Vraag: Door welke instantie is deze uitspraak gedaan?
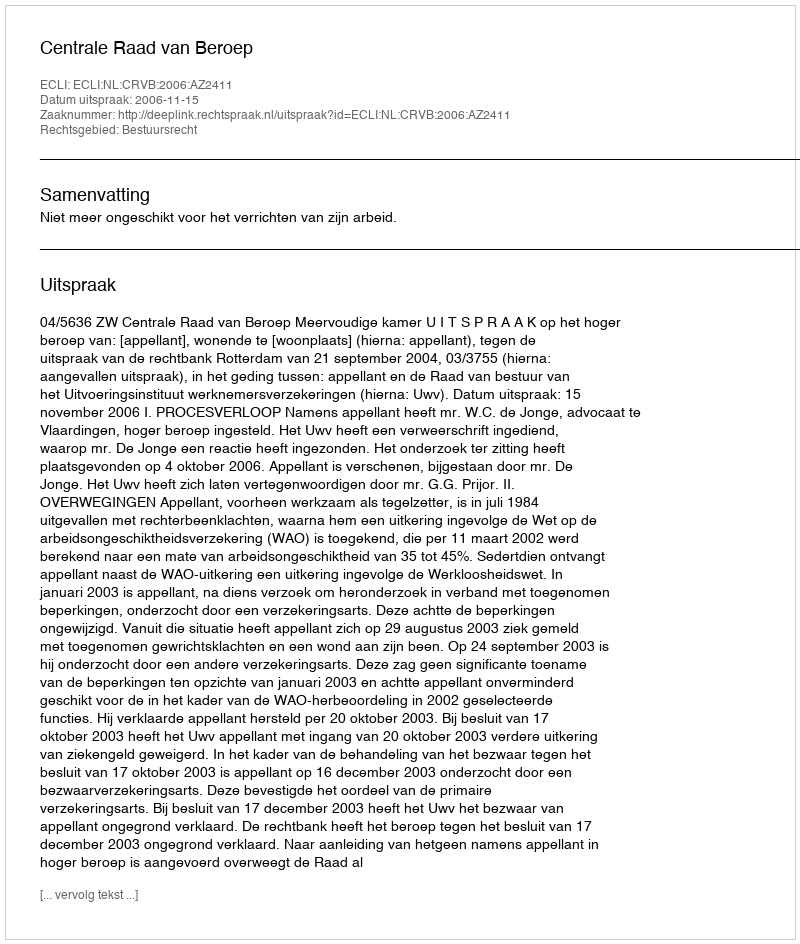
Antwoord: Centrale Raad van Beroep